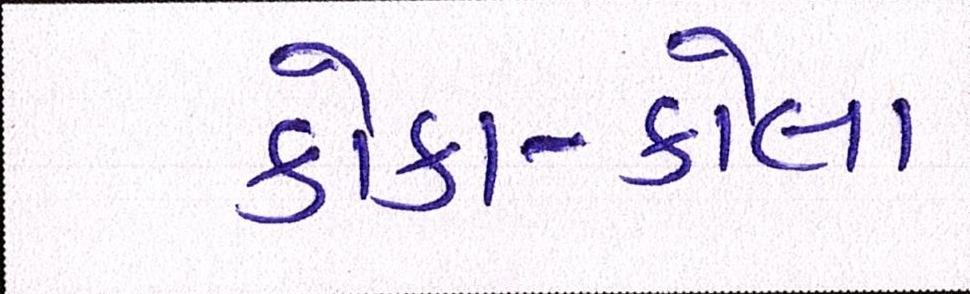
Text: કોકા-કોલા